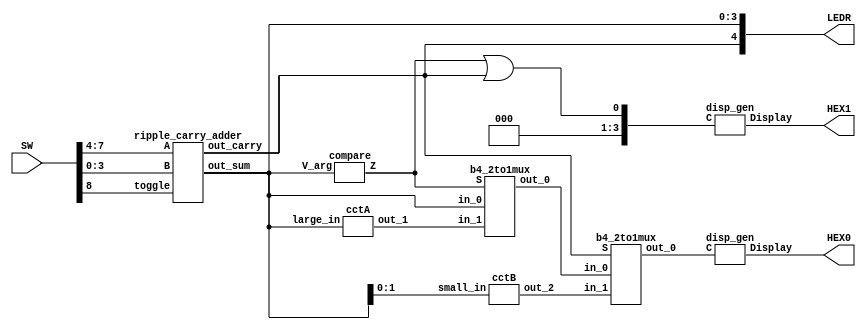
//Part 4

module lab4_p4(SW,LEDR,HEX0,HEX1);

	input [9:0]SW;
	output [9:0]LEDR;
	output [6:0]HEX0,HEX1;

	wire [3:0]X,Y,c_sum,disp1,new_v,new_v2,M0,M1;
	wire c_c,compare_f,t_in;
	
	assign Y = SW[3:0];
	assign X = SW[7:4];
	assign t_in = SW[8];

	ripple_carry_adder step_1(X,Y,t_in,c_sum,c_c);
	compare step_2(c_sum,compare_f);
	assign disp1 = {1'b0,1'b0,1'b0,(compare_f|c_c)};
	
	cctA step_3(c_sum,new_v);
	b4_2to1mux step_4(c_sum,new_v,compare_f,M0);
	cctB step_5(c_sum[1:0],new_v2);
	b4_2to1mux step_6(M0,new_v2,c_c,M1);

	disp_gen final_1(M1,HEX0);
	disp_gen final_2(disp1,HEX1);	
	
	assign LEDR[3:0] = c_sum;
	assign LEDR[4] = c_c;

endmodule

module ripple_carry_adder(A,B,toggle,out_sum,out_carry);

	input [3:0]A,B;
	input toggle;
	output out_carry;
	output [3:0]out_sum;
	wire [3:0]s_0;
	wire [4:0]C;

	assign C[0] = toggle;
	
	fulladder_unit fa1(A[0],B[0],C[0],s_0[0],C[1]);
	fulladder_unit fa2(A[1],B[1],C[1],s_0[1],C[2]);
	fulladder_unit fa3(A[2],B[2],C[2],s_0[2],C[3]);
	fulladder_unit fa4(A[3],B[3],C[3],s_0[3],C[4]);
	
	assign out_sum = s_0;
	assign out_carry = C[4];

endmodule

module fulladder_unit(in_1,in_2,c_in,s0,c_out);

	input in_1, in_2, c_in;
	output s0, c_out;

	assign s0 = in_1^in_2^c_in ;
	assign c_out = (in_1&in_2)|(in_1&c_in)|(in_2&c_in);
	
endmodule

module compare(V_arg,Z);

	input [3:0]V_arg;
	output Z;

	assign Z = V_arg[3]&(V_arg[2]|V_arg[1]);

endmodule

module b4_2to1mux(in_0,in_1,S,out_0);

	input [3:0]in_0, in_1;
	input S;
	output [3:0]out_0;

	assign out_0[0] = ((~S)&in_0[0])|(S&in_1[0]);
	assign out_0[1] = ((~S)&in_0[1])|(S&in_1[1]);
	assign out_0[2] = ((~S)&in_0[2])|(S&in_1[2]);
	assign out_0[3] = ((~S)&in_0[3])|(S&in_1[3]);

endmodule

module cctA(large_in,out_1);

	input [3:0]large_in;
	output [3:0]out_1;
	
	assign out_1[0] = large_in[0];
	assign out_1[1] = ~large_in[1];
	assign out_1[2] = large_in[2]&large_in[1];
	assign out_1[3] = ~large_in[3];

endmodule

module cctB(small_in,out_2);

	input [1:0]small_in;
	output [3:0]out_2;

	assign out_2[0] = small_in[0];
	assign out_2[1] = ~small_in[1];
	assign out_2[2] = ~small_in[1];
	assign out_2[3] = small_in[1];

endmodule

module disp_gen(C,Display);

	input [3:0]C;
	output [6:0]Display;
	
	assign Display[0] = (~C[3])&(~C[1])&((C[2]&(~C[0]))|(C[0]&(~C[2])));
	assign Display[1] = ((~C[3])&C[2]&(~C[1])&C[0])|((~C[3])&C[2]&C[1]&(~C[0]));
	assign Display[2] = (~C[3])&(~C[2])&C[1]&(~C[0]);
	assign Display[3] = ((~C[3])&C[2]&(~C[1])&(~C[0]))|((~C[3])&C[2]&C[1]&C[0])|((~C[3])&(~C[2])&(~C[1])&C[0]);
	assign Display[4] = ((~C[3])&C[0])|((~C[3])&C[2]&(~C[1])&(~C[0]))|(C[3]&(~C[2])&(~C[1])&C[0]);
	assign Display[5] = (~C[3])&(~C[2])&(C[1]|C[0])|((~C[3])&C[1]&C[0]);
	assign Display[6] = (~C[3])&(~C[2])&(~C[1])|(~C[3])&C[2]&C[1]&C[0];
	
endmodule